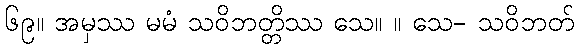
၆၉။ အမှဿ မမံ သဝိဘတ္တိဿ သေ။ ။ သေ- သဝိဘတ်